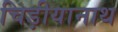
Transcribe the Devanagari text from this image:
चिड़ीयानाथ